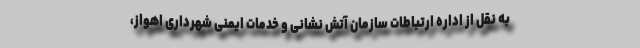
به نقل از اداره ارتباطات سازمان آتش نشانی و خدمات ایمنی شهرداری اهواز،